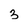
Character: 3